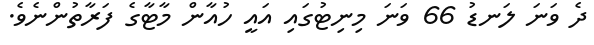
ދެ ވަނަ ލަނޑު 66 ވަނަ މިނިޓުގައި އައީ ހުއާން މާޓާގެ ފަރާތުންނެވެ.